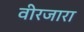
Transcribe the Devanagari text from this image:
वीरजारा